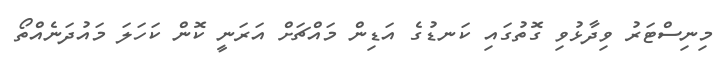
މިނިސްޓަރު ވިދާޅުވި ގޮތުގައި ކަނޑުގެ އަޑިން މައްޗަށް އަރަނީ ކޮން ކަހަލަ މައުދަނެއްތޯ